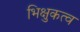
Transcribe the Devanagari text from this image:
भिक्षुकत्व